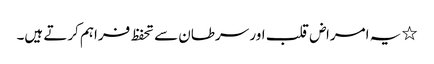
٭ یہ امراض قلب اور سرطان سے تحفظ فراہم کرتے ہیں۔